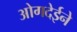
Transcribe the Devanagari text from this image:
ओगदेईने